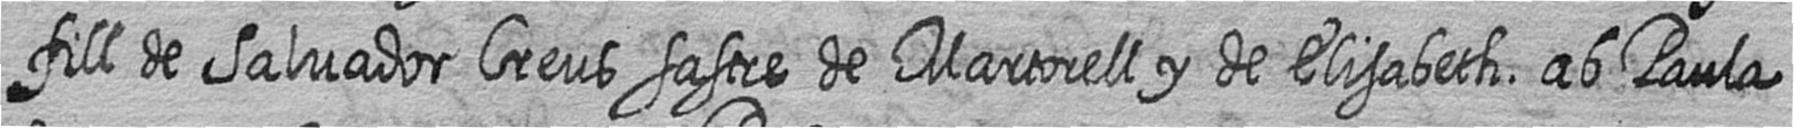
fill de Salvador Creus sastre de Martorell y de Elisabeth ab Paula